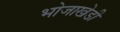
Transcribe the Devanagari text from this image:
भोजाखेडी